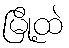
မြို့ထဲ